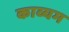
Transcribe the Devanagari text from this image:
काव्यम